system: You are a helpful assistant.
user:
Analyze the provided spectrum to determine if it is a **White Dwarf (WD)**.

A White Dwarf spectrum is defined by its **extreme purity** (due to gravitational settling) and/or **extreme pressure broadening** (due to high surface gravity). You must check for one of the following mutually exclusive signatures:

- **Key Visual Indicators (Check for ONE of these types):**

    - **1. DA-Type Signature (Most Common):**
        - **(Primary Feature):** Extreme pressure broadening (Stark broadening) of the **Hydrogen (H) Balmer lines**.
        - **(Key Lines):** $H\beta$ (approx. $4861$ Å) and $H\gamma$ (approx. $4340$ Å). $H\alpha$ (approx. $6563$ Å) will also be present if the wavelength range covers it.
        - **(Line Profile):** This is the **defining feature**. The lines are **NOT** sharp. They appear as massive, **extremely broad and deep "troughs" or "dips"** in the spectrum, often hundreds of Ångströms wide. The continuum will appear to "scoop" down at these wavelengths.
        - **(Distinction):** Normal A-type or B-type stars have *narrow* and *sharp* Hydrogen lines. A DA White Dwarf's lines are unmistakably "smeared" or "blurry" from pressure.

    - **2. DB-Type Signature:**
        - **(Primary Feature):** Broad absorption lines from **Neutral Helium (He I)**. The spectrum must lack any visible Hydrogen lines.
        - **(Key Lines):** Look for broad absorption near $4471$ Å, $4921$ Å, and $5876$ Å.
        - **(Line Profile):** These lines are also significantly pressure-broadened, appearing much wider than they would in a normal B-type main-sequence star.

    - **3. DC-Type Signature:**
        - **(Primary Feature):** A **featureless continuous spectrum**.
        - **(Line Profile):** The spectrum is a smooth curve with **no significant absorption or emission lines**.
        - **(Key Confirmation):** The continuum is almost always **blue or white**, indicating a hot object. This signature implies the atmosphere is so pure (or so cool) that no spectral lines are visible in the optical range. Its WD identity is confirmed by its extremely low intrinsic brightness (high absolute magnitude).

    - **4. DZ-Type Signature (Metal-Polluted):**
        - **(Primary Feature):** **Isolated, narrow metal absorption lines** on an otherwise featureless (DC-like) continuum.
        - **(Key Lines):** The **Calcium (Ca II) H & K doublet** (approx. **$3934$ Å** and **$3968$ Å**) is the most common and defining feature.
        - **(Line Profile):** These lines are "out of place." They are *not* part of a "forest" of thousands of lines. This signature is evidence of recent *accretion* (pollution) from rocky debris.
        - **(Distinction):** Normal G/K/M stars have a *dense forest* of thousands of metal lines. A DZ has a *clean* continuum with *only a few* strong metal lines.

    - **5. DQ-Type Signature (Carbon-Polluted):**
        - **(Primary Feature):** Absorption bands from **Carbon (C₂ "Swan Bands" or atomic C I)**.
        - **(Key Lines - C₂):** Look for bandheads with a "saw-tooth" shape near $5635$ Å, **$5165$ Å** (strongest), and $4737$ Å.
        - **(Key Confirmation):** The underlying **continuum must be blue or white** (hot).
        - **(Distinction):** This is the critical difference from a **Carbon Star**, which has the *exact same* C₂ bands but on an extremely **red, cool** continuum.

- **(Overall Spectrum):**
    - The continuum (overall shape) is typically **blue-sloping** (brighter in the blue than the red), as most white dwarfs are very hot.
    - The spectrum will look "pure" or "simple," dominated by only *one* of the five signatures listed above.

Think first, call **spectral_visualization_tool** if needed to examine features in detail, then provide your final answer. Your response must adhere to the following strict rules:
1.  **Overall Structure:** Your response must follow the format `<think>...</think> <tool_call>...</tool_call> (if a tool is used) <answer>...</answer>`.
2.  **Tool Usage Constraint:** You may only make **one** tool call per turn.
3.  **Final Answer Format:** In the `<answer>` tag, your conclusion must be inside a `\boxed{}` command (e.g., `\boxed{YES}` or `\boxed{NO}`), followed by your justification.

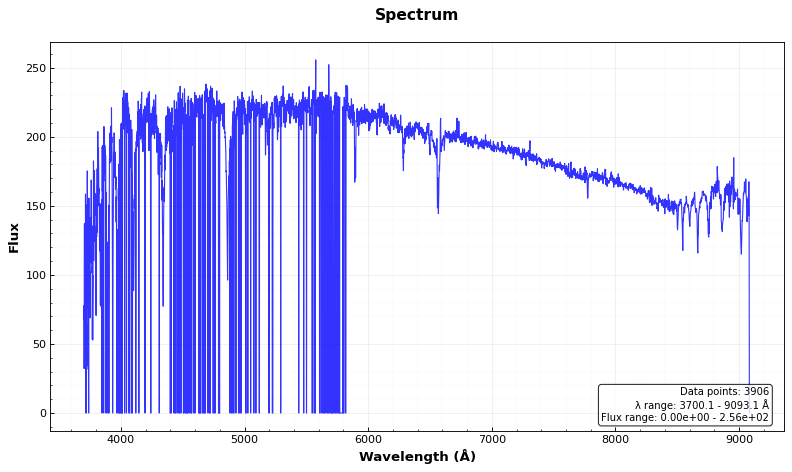
Answer: NO